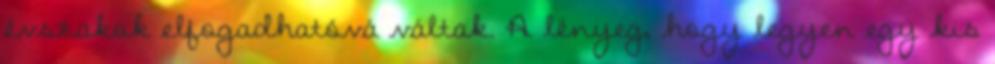
évszakok elfogadhatóvá váltak. A lényeg, hogy legyen egy kis